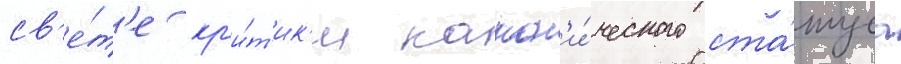
св'е́т'е кр'и́т'ик'и канон'и́ческого ста́туса